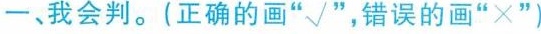
一、我会判。(正确的画”√”，错误的画”×”